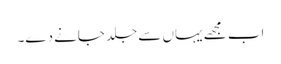
اب مجھے یہاں سے جلد جانے دے۔